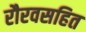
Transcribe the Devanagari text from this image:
रौरवसहित